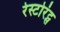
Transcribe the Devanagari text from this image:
रेस्टोरंट्स